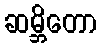
ဆမ္ဘိတော